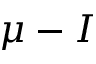
\mu - I